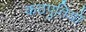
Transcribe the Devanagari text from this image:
कठपुतियों